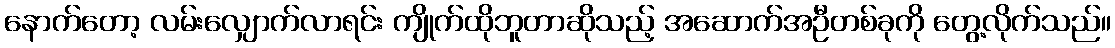
နောက်တော့ လမ်းလျှောက်လာရင်း ကျိုက်ထိုဘူတာဆိုသည့် အဆောက်အဦတစ်ခုကို တွေ့လိုက်သည်။